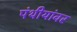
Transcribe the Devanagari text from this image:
पंथीयांवर